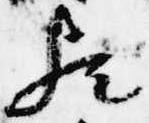
歟